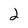
Character: 2